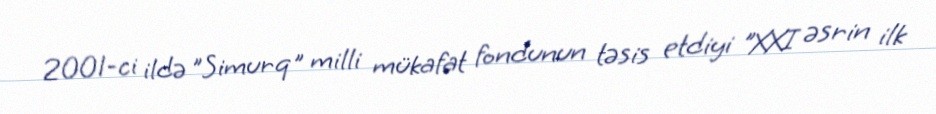
2001-ci ildə "Simurq" milli mükafat fondunun təsis etdiyi "XXI əsrin ilk